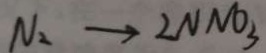
N _ { 2 } \rightarrow 2 N M O _ { 3 }